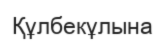
Құлбекұлына